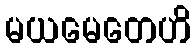
မယမေတေဟိ